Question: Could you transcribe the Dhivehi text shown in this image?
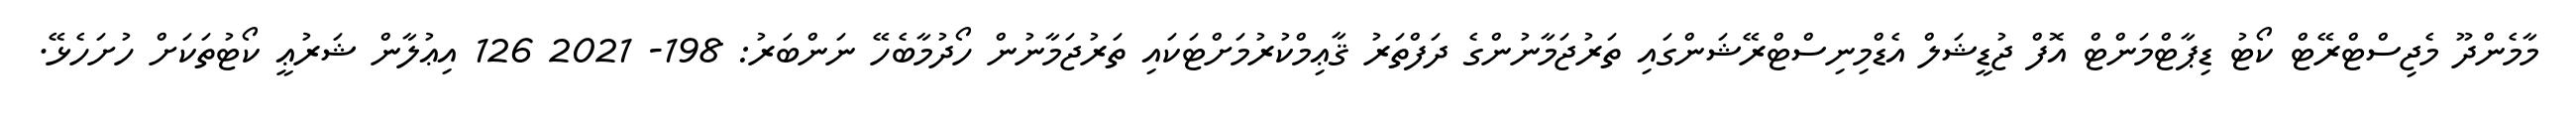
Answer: މާމެންދޫ މެޖިސްޓްރޭޓް ކޯޓު ޑިޕާޓްމަންޓް އޮފް ޖުޑީޝަލް އެޑްމިނިސްޓްރޭޝަންގައި ތަރުޖަމާނުންގެ ދަފްތަރު ޤާޢިމްކުރުމަށްޓަކައި ތަރުޖަމާނުން ހޯދުމާބެހޭ ނަންބަރު: 198- 2021 126 އިޢުލާން ޝަރުޢީ ކޯޓުތަކަށް ހުށަހެޅޭ.